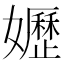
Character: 𡤌